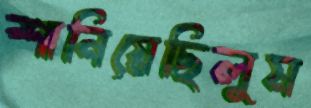
শানিয়েছিলুম